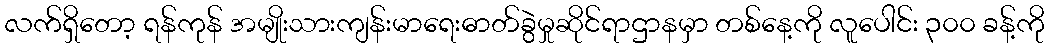
လက်ရှိတော့ ရန်ကုန် အမျိုးသားကျန်းမာရေးဓာတ်ခွဲမှုဆိုင်ရာဌာနမှာ တစ်နေ့ကို လူပေါင်း ၃၀၀ ခန့်ကို